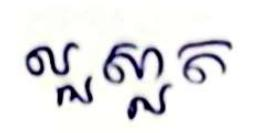
ល្អស្អាត